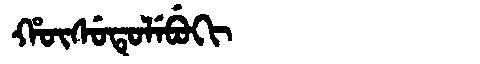
Manchu: ᡥᡡᠰᡠᡨᡠᠯᡝᠪᡠᡴᡳ
Romanization: HŪSUTULEBUKI